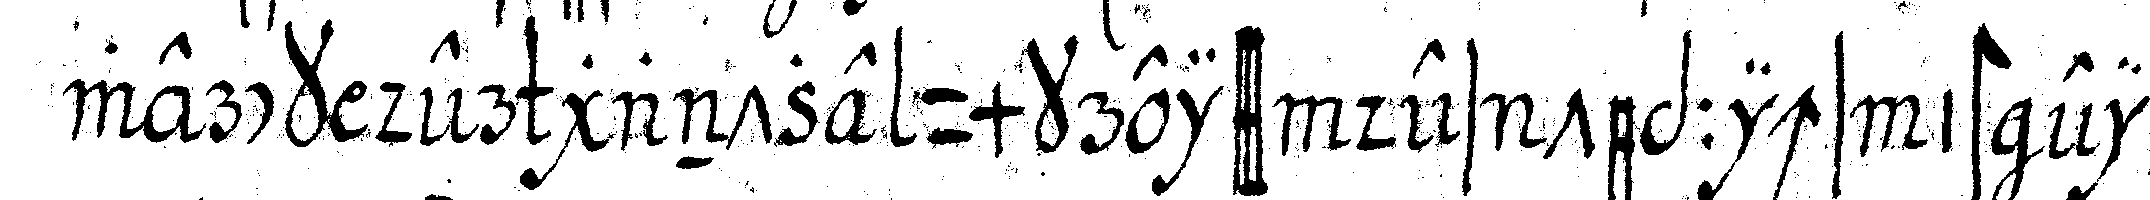
werck der gantze umkreiss des teppichs ist ein